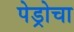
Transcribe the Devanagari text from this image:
पेड्रोचा